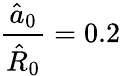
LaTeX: \frac{\hat{a}_{0}}{\hat{R}_{0}}=0.2